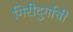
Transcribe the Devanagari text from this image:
गिरीदुर्गाची